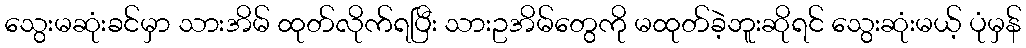
သွေးမဆုံးခင်မှာ သားအိမ် ထုတ်လိုက်ရပြီး သားဥအိမ်တွေကို မထုတ်ခဲ့ဘူးဆိုရင် သွေးဆုံးမယ့် ပုံမှန်